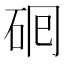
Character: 𬒅